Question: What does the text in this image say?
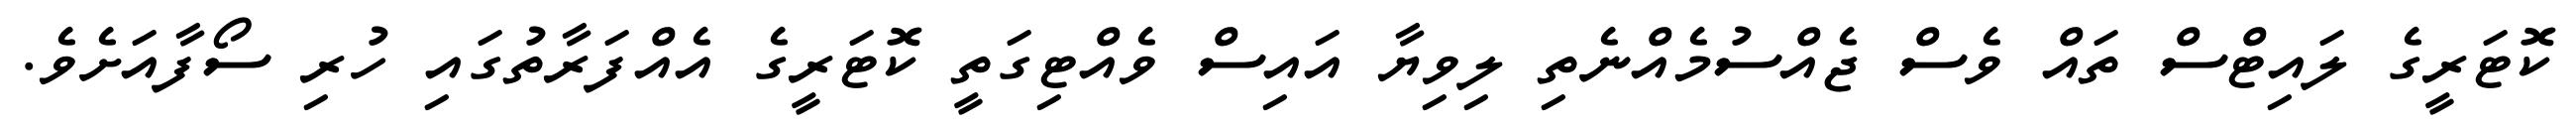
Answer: ކޮޓަރީގެ ލައިޓްސް ތައް ވެސް ޖެއްސުމެއްނެތި ލިވިޔާ އައިސް ވެއްޓިގަތީ ކޮޓަރީގެ އެއްފަރާތުގައި ހުރި ސޯފާއަށެވެ.